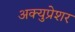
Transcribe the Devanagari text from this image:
अक्युप्रेशर